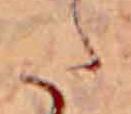
た